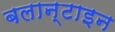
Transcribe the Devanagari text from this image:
बलान्टाइन